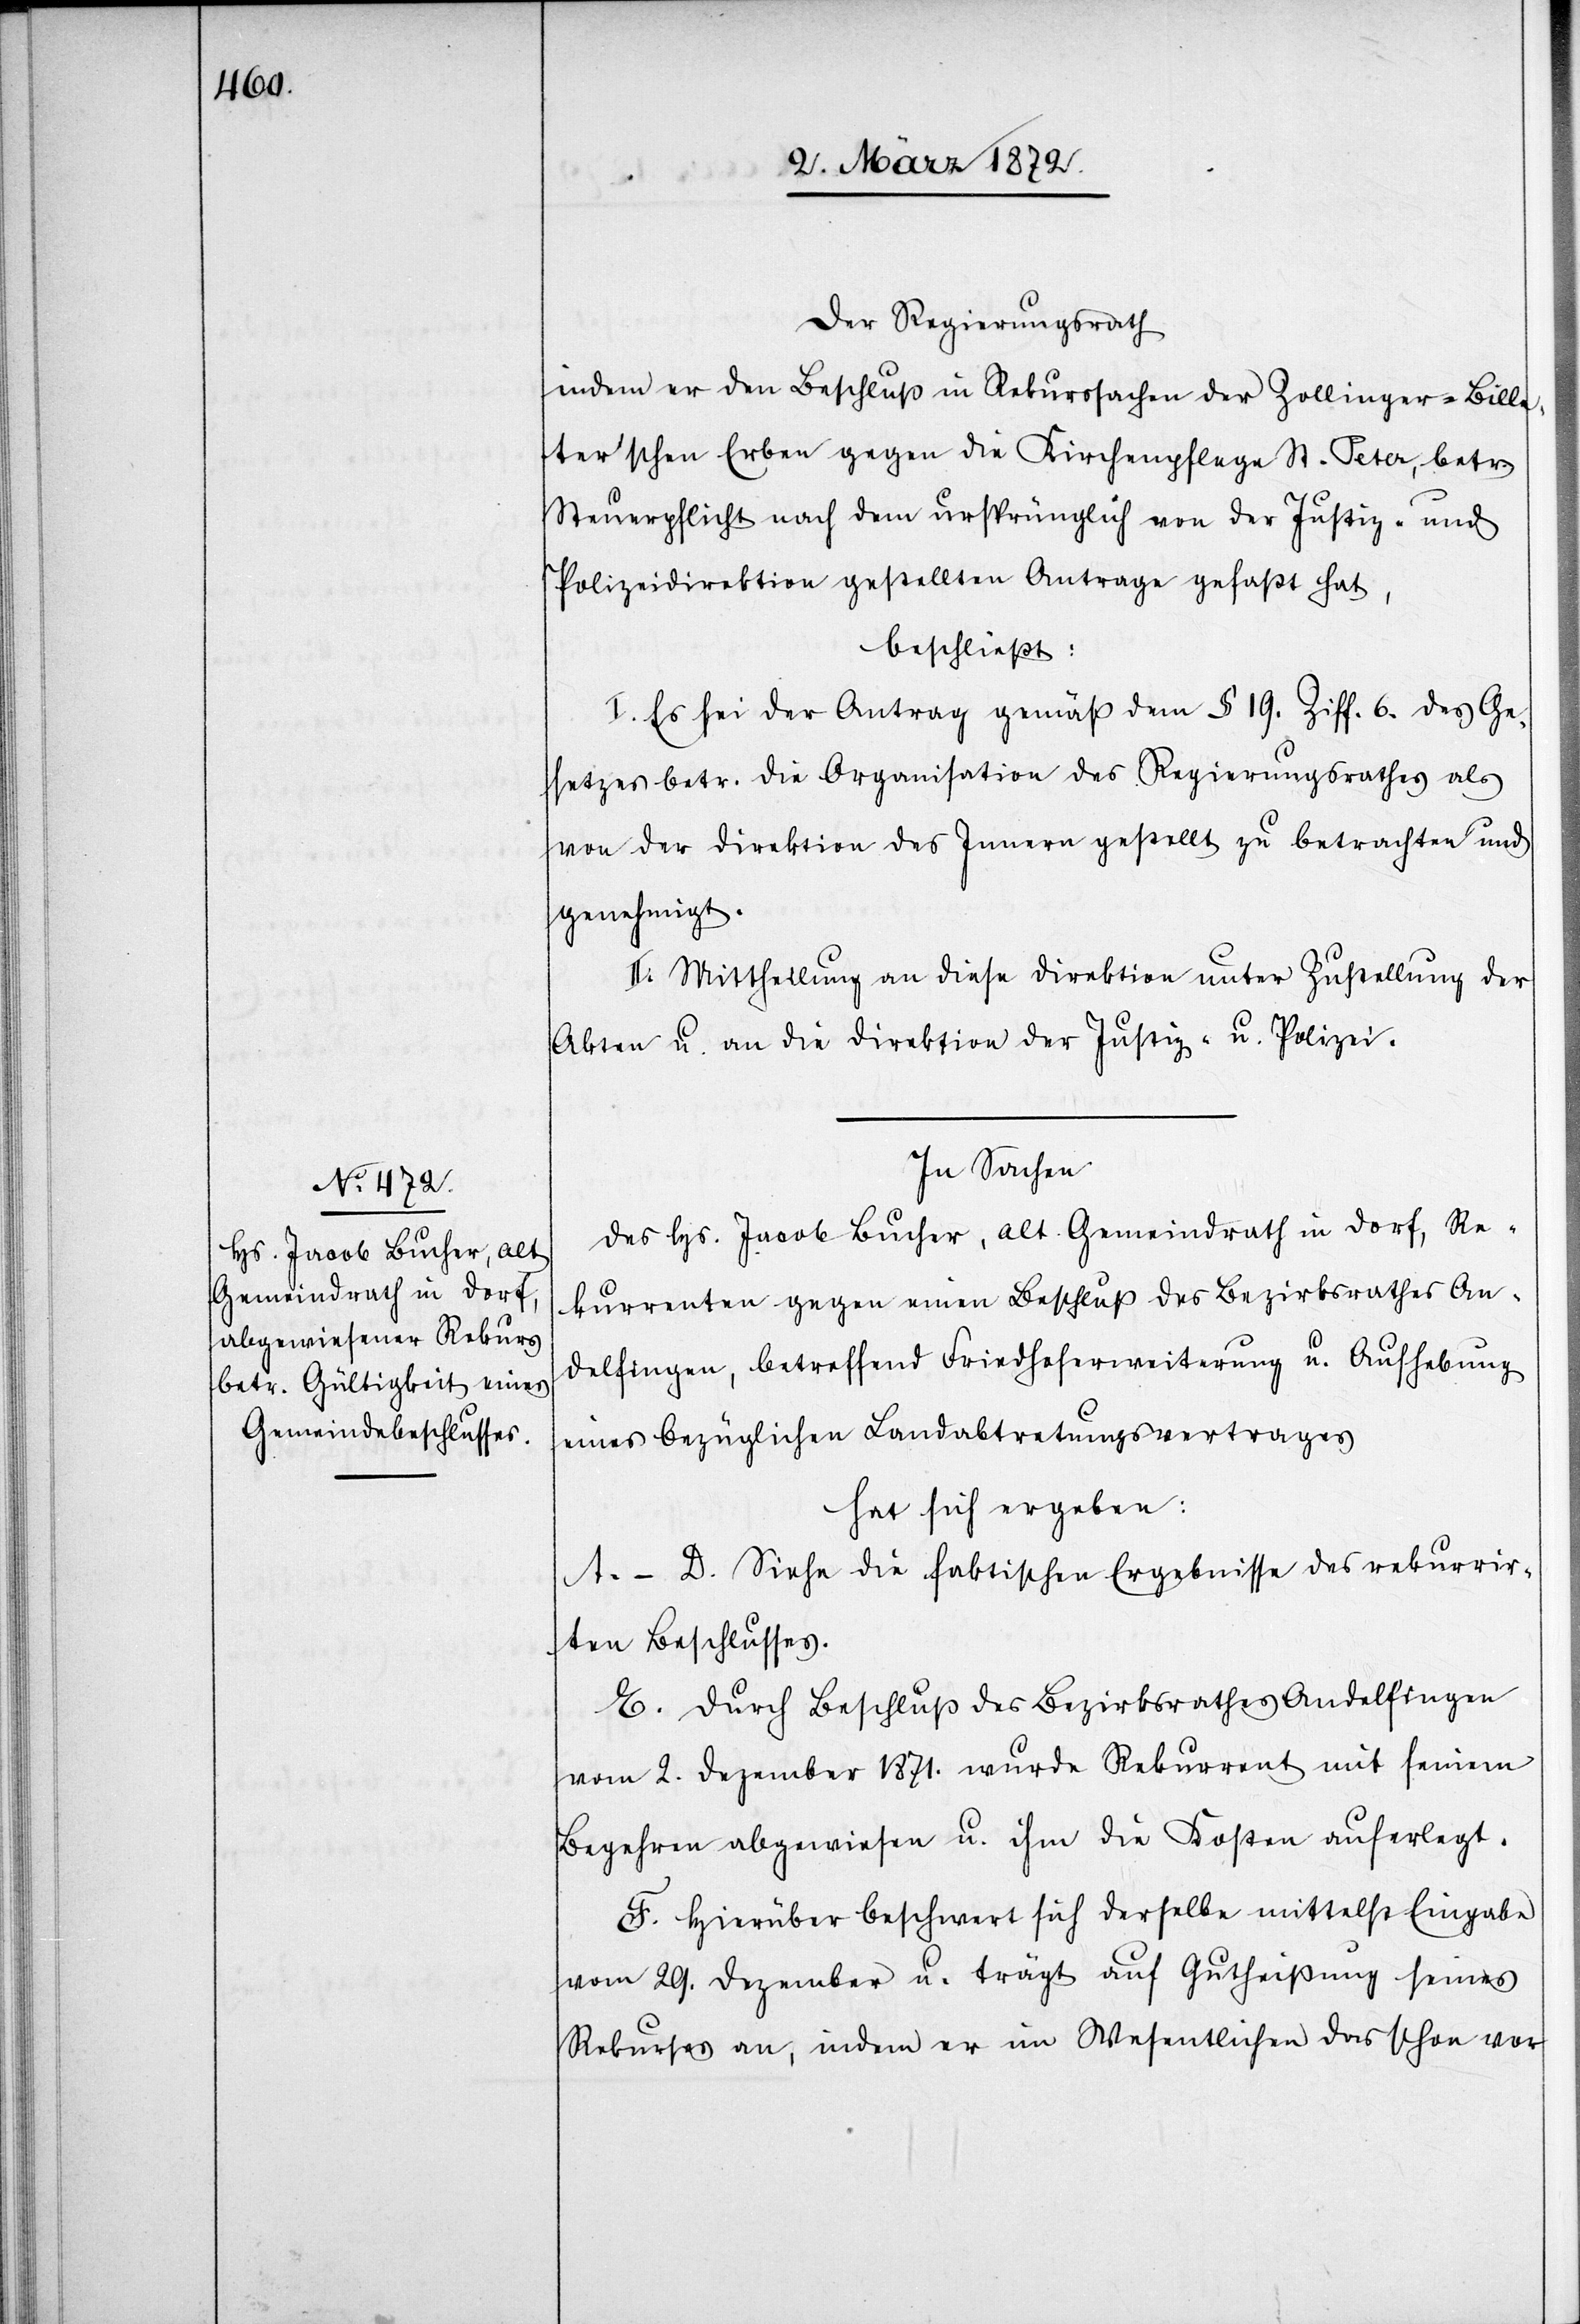
Der Regierungsrath
indem er den Beschluß in Rekurssachen der Zollinger-Bille¬
ter’schen Erben gegen die Kirchenpflege St. Peter, betr.
Steuerpflicht nach dem ursprünglich von der Justiz- und
Polizeidirektion gestellten Antrage gefaßt hat,
beschließt:
I. Es sei der Antrag gemäß dem § 19. Ziff. 6. des Ge¬
setzes betr. die Organisation des Regierungsrathes als
von der Direktion des Innern gestellt zu betrachten und
genehmigt.
II. Mittheilung an diese Direktion unter Zustellung der
Akten u. an die Direktion der Justiz- u. Polizei.
In Sachen
des Hs. Jacob Bucher, alt Gemeindrath in Dorf, Re¬
kurrenten gegen einen Beschluß des Bezirksrathes An¬
delfingen, betreffend Friedhoferweiterung u. Aufhebung
eines bezüglichen Landabtretungsvertrages
hat sich ergeben:
A.–D. Siehe die faktischen Ergebnisse des rekurrir¬
ten Beschlusses.
E. Durch Beschluß des Bezirksrathes Andelfingen
vom 2. Dezember 1871. wurde Rekurrent mit seinem
Begehren abgewiesen u. ihm die Kosten auferlegt.
F. Hierüber beschwert sich derselbe mittelst Eingabe
vom 29. Dezember u. trägt auf Gutheißung seines
Rekurses an, indem er im Wesentlichen das schon vor